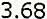
3.68